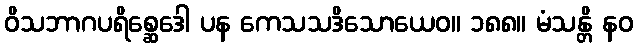
ဝိသဘာဂပရိစ္ဆေဒေါ ပန ကေသသဒိသောယေဝ။ ၁၈၈။ မံသန္တိ နဝ